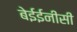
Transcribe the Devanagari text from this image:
बेईईनीसी